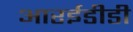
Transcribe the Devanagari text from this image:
आरईडीडी